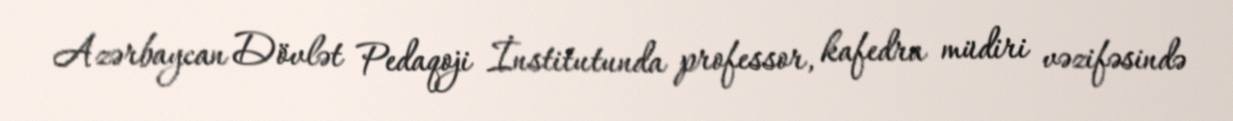
Azərbaycan Dövlət Pedaqoji İnstitutunda professor, kafedra müdiri vəzifəsində